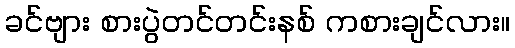
ခင်ဗျား စားပွဲတင်တင်းနစ် ကစားချင်လား။